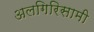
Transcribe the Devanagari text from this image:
अलगिरिसामी